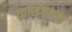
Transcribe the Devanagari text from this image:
व्यासंगाच्या